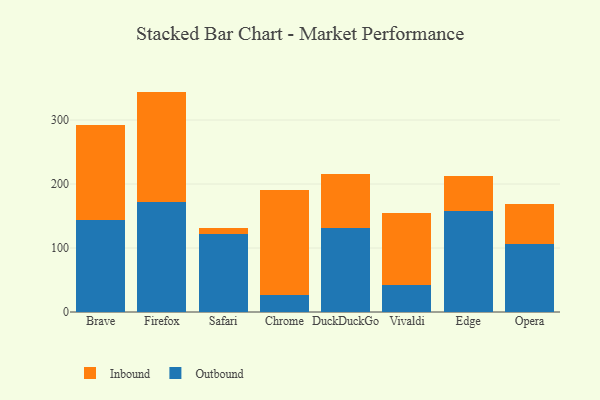
{"axis": {"x": "Browser", "y": "Temperature (°C)"}, "legend": ["Inbound", "Outbound"], "data": [{"x": "Brave", "y": 144.5, "type": "Outbound"}, {"x": "Brave", "y": 148.0, "type": "Inbound"}, {"x": "Firefox", "y": 171.4, "type": "Outbound"}, {"x": "Firefox", "y": 173.0, "type": "Inbound"}, {"x": "Safari", "y": 122.1, "type": "Outbound"}, {"x": "Safari", "y": 9.6, "type": "Inbound"}, {"x": "Chrome", "y": 26.3, "type": "Outbound"}, {"x": "Chrome", "y": 164.9, "type": "Inbound"}, {"x": "DuckDuckGo", "y": 132.0, "type": "Outbound"}, {"x": "DuckDuckGo", "y": 83.1, "type": "Inbound"}, {"x": "Vivaldi", "y": 42.4, "type": "Outbound"}, {"x": "Vivaldi", "y": 112.0, "type": "Inbound"}, {"x": "Edge", "y": 157.7, "type": "Outbound"}, {"x": "Edge", "y": 54.9, "type": "Inbound"}, {"x": "Opera", "y": 106.6, "type": "Outbound"}, {"x": "Opera", "y": 62.8, "type": "Inbound"}]}